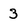
Character: 3